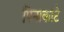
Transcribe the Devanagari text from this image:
पिनाकाटे